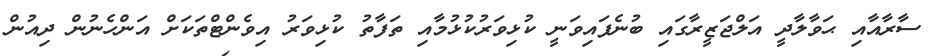
ސާރާއާއި ޙަވާލާދީ އަލްޖަޒީރާގައި ބުނެފައިވަނީ ކުޅިވަރުކުޅުމާއި ތަފާތު ކުޅިވަރު އިވެންޓްތަކަށް އަންހެނުން ދިއުން